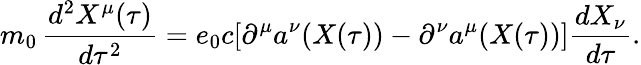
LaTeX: m_{0}\, \frac{d^{2}X^{\mu}(\tau)}{d\tau^{2}}=e_{0}c[\partial^{\mu}a^{\nu}(X(\tau))-\partial^{\nu}a^{\mu}(X(\tau))]\frac{dX_{\nu}}{d\tau}.